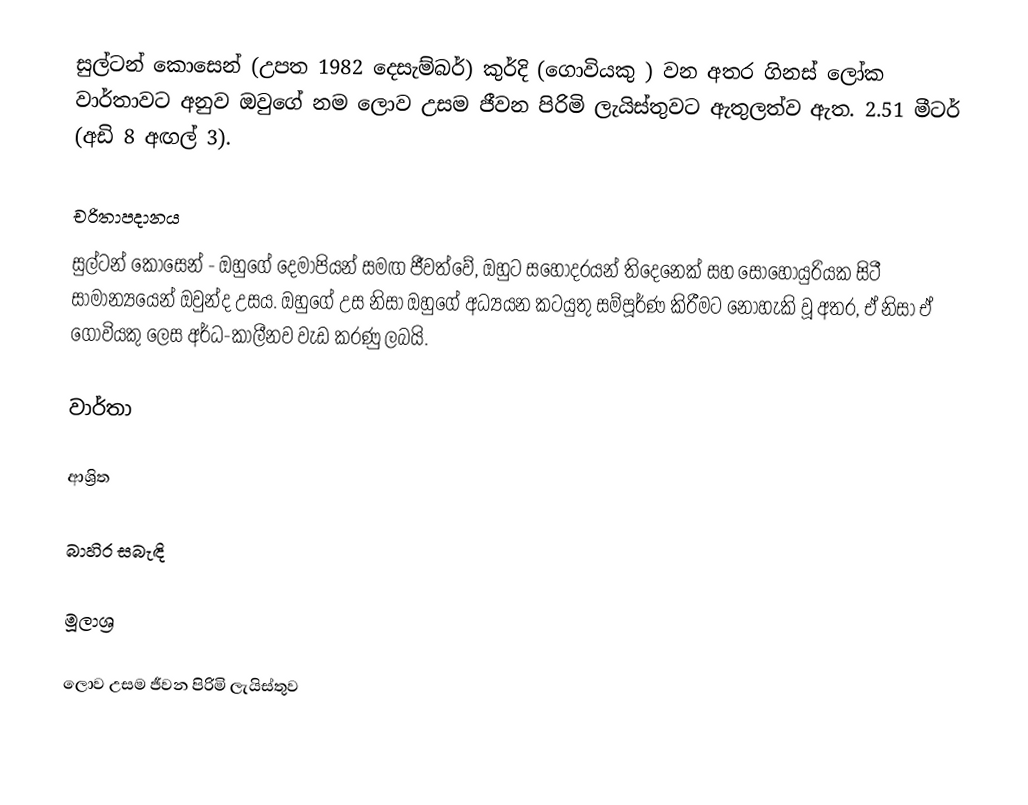
සුල්ටන් කොසෙන් (උපත 1982 දෙසැම්බර්) කුර්දි (ගොවියකු ) වන අතර ගිනස් ලෝක වාර්තාවට අනුව ඔවුගේ නම ලොව උසම ජීවන පිරිමි ලැයිස්තුවට ඇතුලත්ව ඇත. 2.51 මීටර් (අඩි 8 අඟල් 3).

චරිතාපදානය
සුල්ටන් කොසෙන් - ඔහුගේ දෙමාපියන් සමඟ ජීවත්වේ, ඔහුට සහෝදරයන් තිදෙනෙක් සහ සොහොයුරියක සිටී සාමාන්‍යයෙන් ඔවුන්ද උසය. ඔහුගේ උස නිසා ඔහුගේ අධ්‍යයන කටයුතු සම්පූර්ණ කිරීමට නොහැකි වූ අතර, ඒ නිසා ඒ ගොවියකු ලෙස අර්ධ-කාලීනව වැඩ කරණු ලබයි.

වාර්තා

ආශ්‍රිත

බාහිර සබැඳි

මූලාශ්‍ර

ලොව උසම ජීවන පිරිමි ලැයිස්තුව